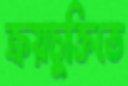
ক্রয়চুক্তিতে